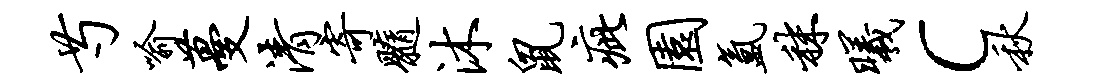
芍喻蔓清寄髓沐鼠疵园氲秣曦c秋